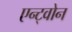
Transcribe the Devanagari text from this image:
एन्ट्वोन